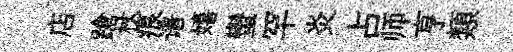
店蹌杖痕谱嬉蠻罕炎占师亨類